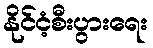
နိုင်ငံ့စီးပွားရေး